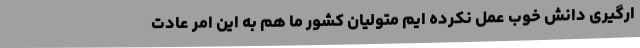
ارگیری دانش خوب عمل نکرده ایم متولیان کشور ما هم به این امر عادت